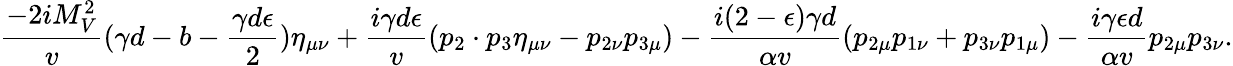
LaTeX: \frac{-2iM_{V}^{2}}{v}(\gamma d-b-\frac{\gamma d\epsilon}{2})\eta_{\mu\nu}+\frac{i\gamma d\epsilon}{v}(p_{2}\cdot p_{3}\eta_{\mu\nu}-p_{2\nu}p_{3\mu})-\frac{i(2-\epsilon)\gamma d}{\alpha v}(p_{2\mu}p_{1\nu}+p_{3\nu}p_{1\mu})-\frac{i\gamma\epsilon d}{\alpha v}p_{2\mu}p_{3\nu}.